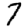
Digit: 7